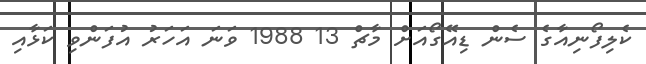
ކެލިފޯނިއާގެ ސެން ޑިއޭގޯއަށް މާޗް 13 1988 ވަނަ އަހަރު އުފަންވި ކަޅާއި